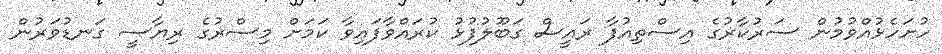
ހުށަހެޅުއްވުމުން ސަރުކާރުގެ އިސްތިއުފާ ރައީސް ގަބޫލުފުޅު ކުރައްވާފައިވާ ކަމަށް މިސްރުގެ ރިޔާސީ ގަނޑުވަރުން